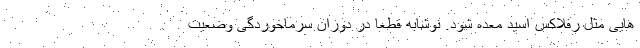
هایی مثل رفلاکس اسید معده شود. نوشابه قطعاً در دوران سرماخوردگی وضعیت